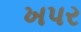
ખપર